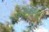
ઉચવવાનો